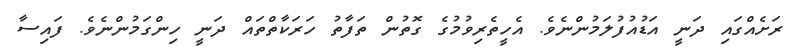
ރަށެއްގައި ދަނީ އަޑުއުފުލަމުންނެވެ. އެހީތެރިވުމުގެ ގޮތުން ތަފާތު ހަރަކާތްތައް ދަނީ ހިންގަމުންނެވެ. ފައިސާ